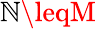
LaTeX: \mathbb{N}\leqM